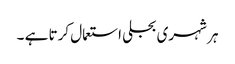
ہر شہری بجلی استعمال کرتا ہے ۔